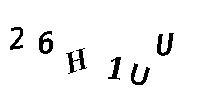
26H1UU